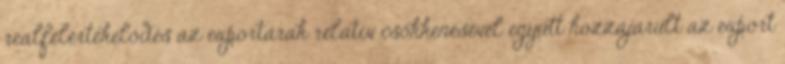
reálfelértékelődés az exportárak relatív csökkenésével együtt hozzájárult az export